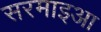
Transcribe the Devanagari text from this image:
सरमाइआ